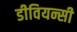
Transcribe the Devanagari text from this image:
डीवियन्सी